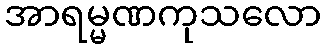
အာရမ္မဏကုသလော